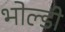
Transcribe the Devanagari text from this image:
भोल्डी